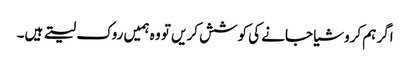
اگر ہم کروشیا جانے کی کوشش کریں تو وہ ہمیں روک لیتے ہیں۔